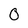
Character: 0